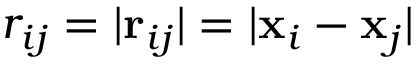
r _ { i j } = | \mathbf { r } _ { i j } | = | \mathbf { x } _ { i } - \mathbf { x } _ { j } |